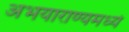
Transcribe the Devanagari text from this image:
अभयाराण्यमध्ये